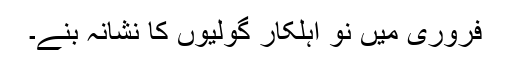
فروری میں نو اہلکار گولیوں کا نشانہ بنے۔